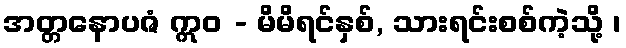
အတ္တနောပဇံ ဣဝ - မိမိရင်နှစ်, သားရင်းစစ်ကဲ့သို့ ၊